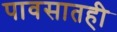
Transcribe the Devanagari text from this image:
पावसातही